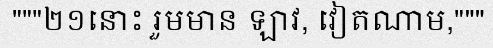
"""២១នោះ រួមមាន ឡាវ, វៀតណាម,"""